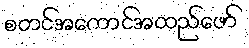
စတင်အကောင်အထည်ဖော်